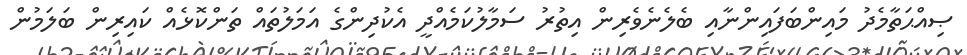
ޞިއްޙަތާމެދު މައިންބަފައިންނާއި ބެލެނެވެރިން އިތުރު ސަމާލުކަމެއްދީ އެކުދިންގެ އަމަލުތައް ތަންކޮޅެއް ކައިރިން ބަލަމުން